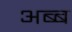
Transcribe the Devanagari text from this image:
अब्ब